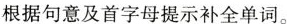
根据句意及首字母提示补全单词。